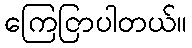
ကြေငြာပါတယ်။